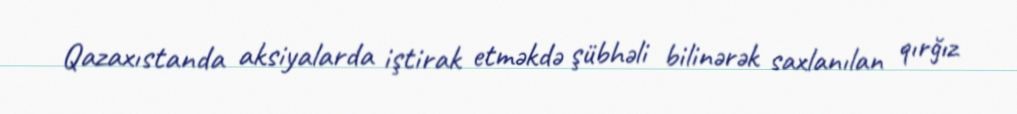
Qazaxıstanda aksiyalarda iştirak etməkdə şübhəli bilinərək saxlanılan qırğız